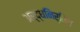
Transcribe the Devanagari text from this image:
अर्द्धनिर्मित